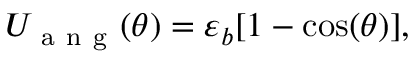
U _ { \mathrm { ~ a ~ n ~ g ~ } } ( \theta ) = \varepsilon _ { b } [ 1 - \cos ( \theta ) ] ,